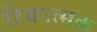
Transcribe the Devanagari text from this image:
टिकात्मक